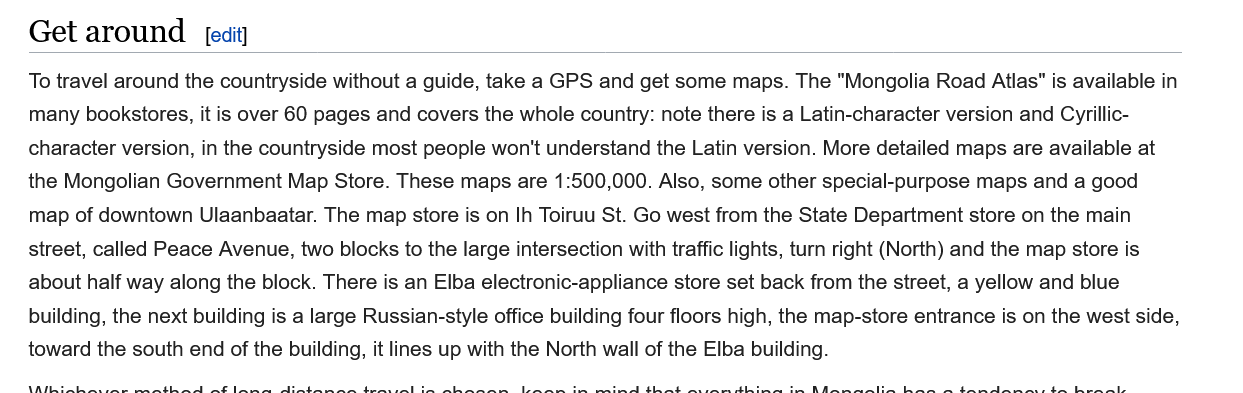
Get   around
   To travel around the countryside without a guide, take a GPS and get some maps. The "Mongolia Road Atlas" is available ir
   many  bookstores, it is over 60 pages and covers the whole country: note there is a Latin-character version and Cyrillic-
   character version, in the countryside most people won't understand the Latin version. More detailed maps are available at
   the Mongolian Government Map Store. These maps are 1:500,000. Also, some other special-purpose maps and a good
   map of downtown  Ulaanbaatar. The map store is on Ih Toiruu St. Go west from the State Department store on the main
   street, called Peace Avenue, two blocks to the large intersection with traffic lights, turn right (North) and the map store is
   about half way along the block. There is an Elba electronic-appliance store set back from the street, a yellow and blue
   building, the next building is a large Russian-style office building four floors high, the map-store entrance is on the west side
   toward the south end of the building, it lines up with the North wall of the Elba building.
     [edit]